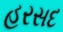
હરસદ